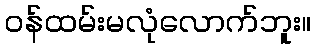
ဝန်ထမ်းမလုံလောက်ဘူး။